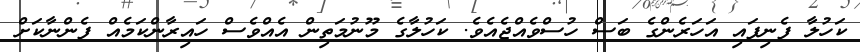
ކަހުލާ ފެނިފައި އަހަރެންގެ ބަސް ހުސްވެއްޖެއެވެ. ކަހުލާގެ މޫނުމަތިން އެއްވެސް ހައިރާންކަމެއް ފެންނާކަށް